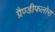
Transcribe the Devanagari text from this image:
ग्रैण्डीफलोरा